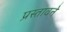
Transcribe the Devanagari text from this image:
प्रस्तावने